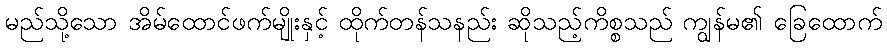
မည်သို့သော အိမ်ထောင်ဖက်မျိုးနှင့် ထိုက်တန်သနည်း ဆိုသည့်ကိစ္စသည် ကျွန်မ၏ ခြေထောက်